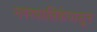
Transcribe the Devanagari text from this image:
नगरपालिकेपासून